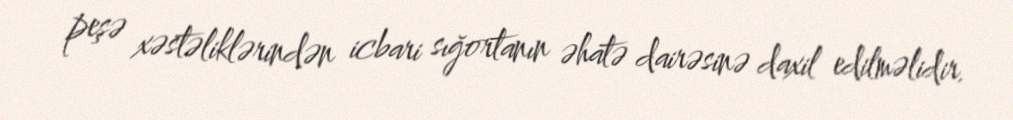
peşə xəstəliklərindən icbari sığortanın əhatə dairəsinə daxil edilməlidir.